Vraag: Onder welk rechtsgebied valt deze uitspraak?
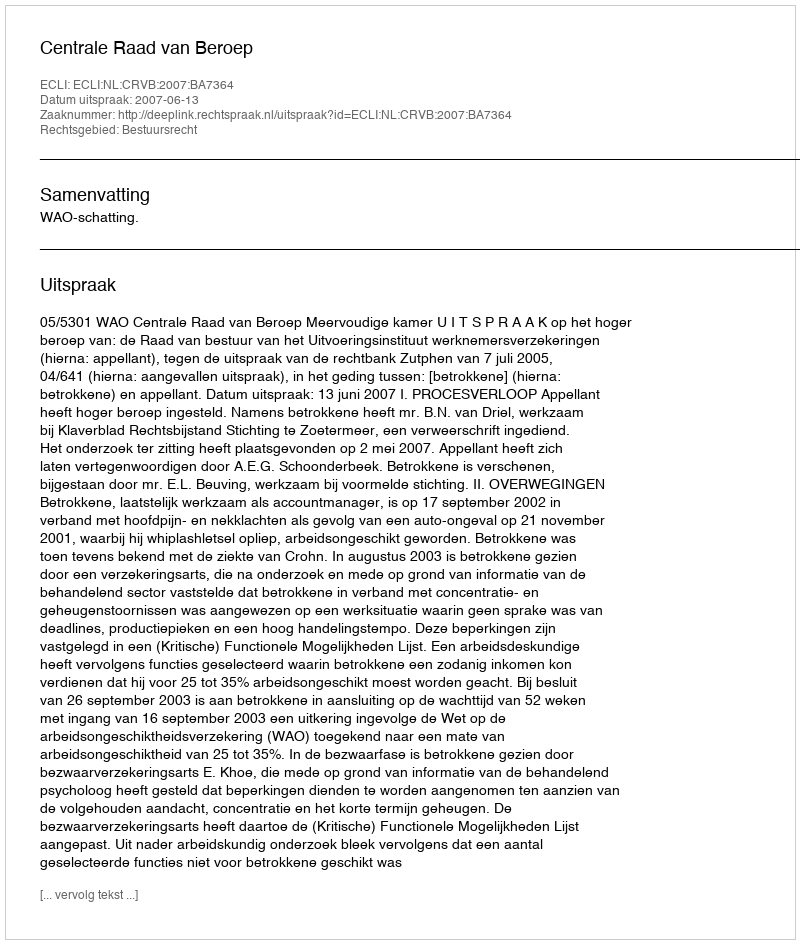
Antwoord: Bestuursrecht